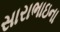
સારાભાઇના